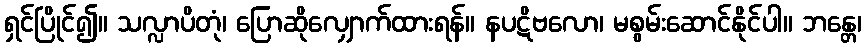
ရှင်ပြိုင်၍။ သလ္လာပိတုံ၊ ပြောဆိုလျှောက်ထားရန်။ နပဋိဗလော၊ မစွမ်းဆောင်နိုင်ပါ။ ဘန္တေ၊